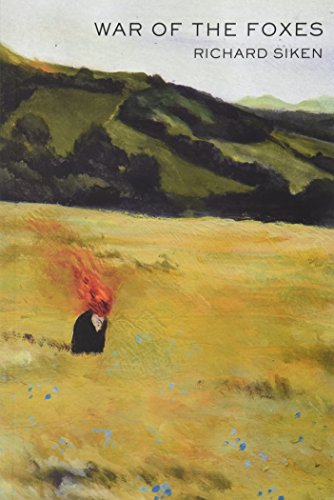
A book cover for War of the Foxes; Richard Siken; Literature & Fiction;